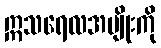
ဣသရေလအမျိုးကို